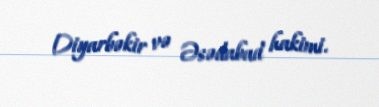
Diyarbəkir və Əsədabad hakimi.